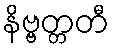
နိဗ္ဗတ္တတီ